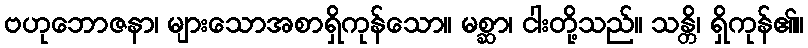
ဗဟုဘောဇနာ၊ များသောအစာရှိကုန်သော။ မစ္ဆာ၊ ငါးတို့သည်။ သန္တိ၊ ရှိကုန်၏။